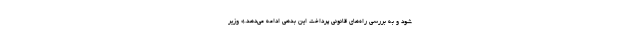
شود و به بررسی راه‌های قانونی پرداخت این بدهی ادامه می‌دهد.» وزیر